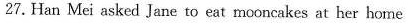
27. Han Mei asked Jane to eat mooncakes at her home